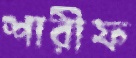
শারীফ